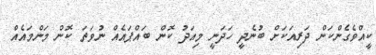
ކީއްވެގެންކަން ދަރިއަކަށް ބުނެދީ ހަދަނީ މިއަދު ކޮން ބައްޕައެއް ނުވަތަ ކޮން މަންމައެއް